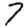
Digit: 7